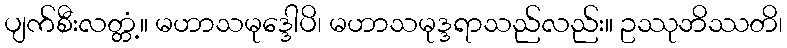
ပျက်စီးလတ္တံ့။ မဟာသမုဒ္ဒေါပိ၊ မဟာသမုဒ္ဒရာသည်လည်း။ ဥဿုဘိဿတိ၊